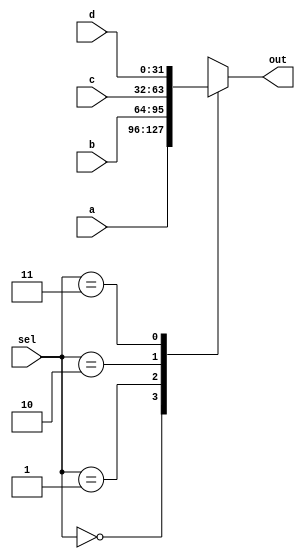
`timescale 1ns / 1ps

module Multiplexer4x1 #(parameter WL=32)
    (
    input [WL-1:0] a,
    input [WL-1:0] b,
    input [WL-1:0] c,
    input [WL-1:0] d,
    input [1:0] sel,
    
    output reg [WL-1:0] out
    );
    
    //
    always@ *
    begin
        case (sel)     
            2'b00: out = a;
            2'b01: out = b;
            2'b10: out = c;
            2'b11: out = d;
        endcase
    end
        
endmodule